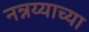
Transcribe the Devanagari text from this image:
नन्नय्याच्या